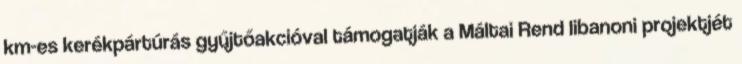
km-es kerékpártúrás gyűjtőakcióval támogatják a Máltai Rend libanoni projektjét